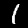
Label: 1